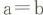
$$a = b$$